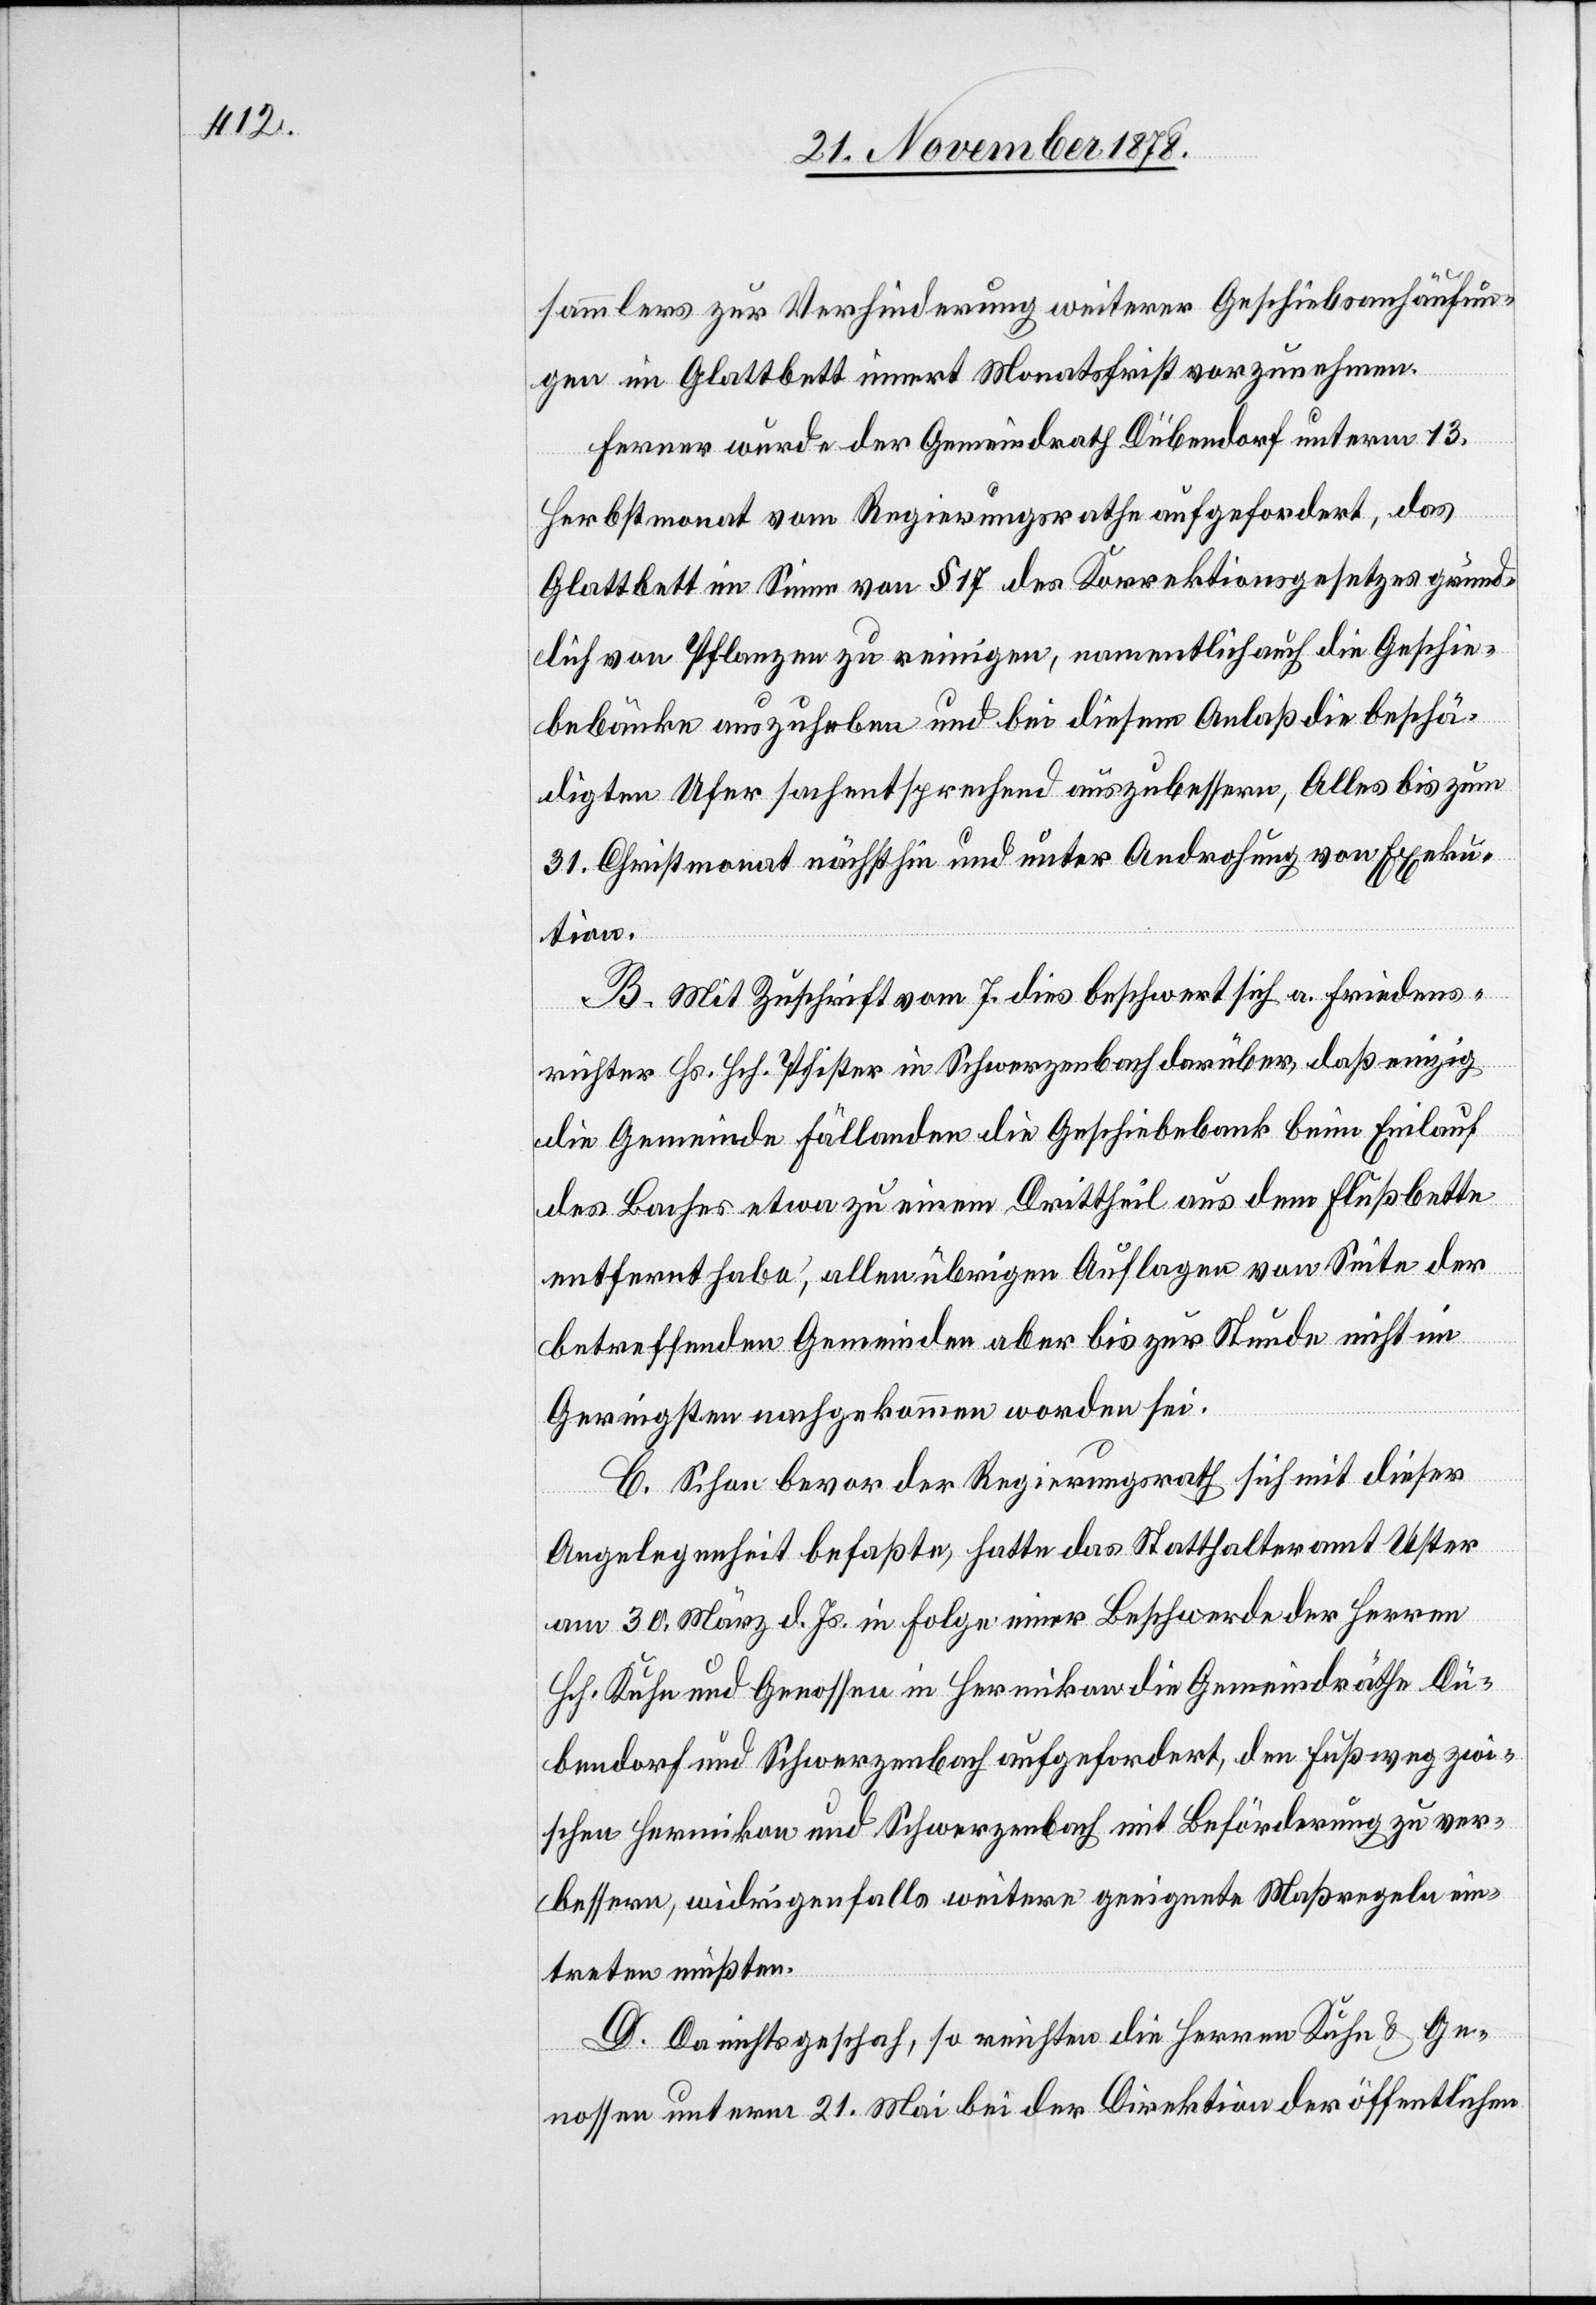
sammlers zur Verhinderung weiterer Geschiebsanhäufun¬
gen im Glattbett innert Monatsfrist vorzunehmen.
Ferner wurde der Gemeindrath Dübendorf unterm 13.
Herbstmonat vom Regierungsrathe aufgefordert, das
Glattbett im Sinne von § 17 des Korrektionsgesetzes gründ¬
lich von Pflanzen zu reinigen, namentlich auch die Geschie¬
bebänke auszuheben und bei diesem Anlaß die beschä¬
digten Ufer sachentsprechend auszubessern, Alles bis zum
31. Christmonat nächsthin und unter Androhung von Exeku¬
tion.
B. Mit Zuschrift vom 7. dies beschwert sich a. Friedens¬
richter Hs. Hch. Pfister in Schwerzenbach darüber, daß einzig
die Gemeinde Fällanden die Geschiebebank beim Einlauf
des Baches etwa zu einem Drittheil aus dem Flußbette
entfernt habe, allen übrigen Auflagen von Seite der
betreffenden Gemeinden aber bis zur Stunde nicht im
Geringsten nachgekommen worden sei.
C. Schon bevor der Regierungsrath sich mit dieser
Angelegenheit befasste, hatte das Statthalteramt Uster
am 30. März d. Js. in Folge einer Beschwerde der Herren
Hch. Kuhn und Genossen in Hermikon die Gemeindräthe Dü¬
bendorf und Schwerzenbach aufgefordert, den Fußweg zwi¬
schen Hermikon und Schwerzenbach mit Beförderung zu ver¬
bessern, widrigenfalls weitere geeignete Maßregeln ein¬
treten müßten.
D. Da nichts geschah, so reichten die Herren Kuhn & Ge¬
nossen unterm 21. Mai bei der Direktion der öffentlichen